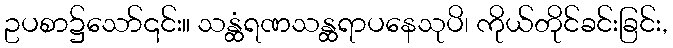
ဥပစာ၌သော်၎င်း။ သန္ထံရဏသန္ထရာပနေသုပိ၊ ကိုယ်တိုင်ခင်းခြင်း,